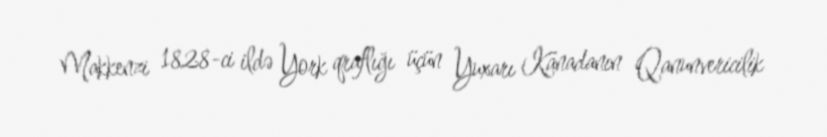
Makkenzi 1828-ci ildə York qraflığı üçün Yuxarı Kanadanın Qanunvericilik